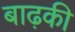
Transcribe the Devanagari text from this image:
बाढ़की